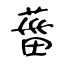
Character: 葘